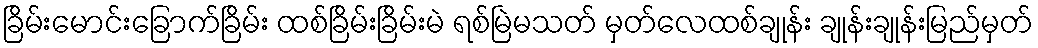
ခြိမ်းမောင်းခြောက်ခြိမ်း ထစ်ခြိမ်းခြိမ်းမဲ ရစ်မြဲမသတ် မှတ်လေထစ်ချုန်း ချုန်းချုန်းမြည်မှတ်